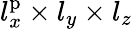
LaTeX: l_{x}^{\mathrm{p}}\times l_{y}\times l_{z}